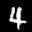
Label: 4